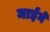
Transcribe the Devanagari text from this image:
माईने